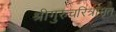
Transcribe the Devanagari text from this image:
श्रीगुरुचरित्रामृत